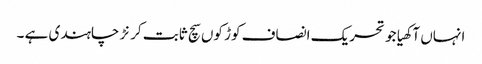
انہاں آکھیا جو تحریک انصاف کوڑ کوں سچ ثابت کرنڑ چاہندی ہے ۔